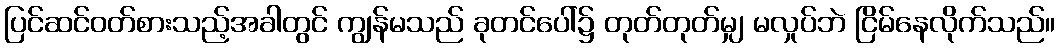
ပြင်ဆင်ဝတ်စားသည့်အခါတွင် ကျွန်မသည် ခုတင်ပေါ်၌ တုတ်တုတ်မျှ မလှုပ်ဘဲ ငြိမ်နေလိုက်သည်။